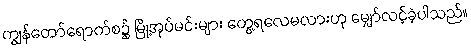
ကျွန်တော်ရောက်စ၌ မြို့အုပ်မင်းများ တွေ့ရလေမလားဟု မျှော်လင့်ခဲ့ပါသည်။